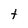
Character: t